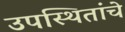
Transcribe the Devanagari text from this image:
उपस्थितांचे